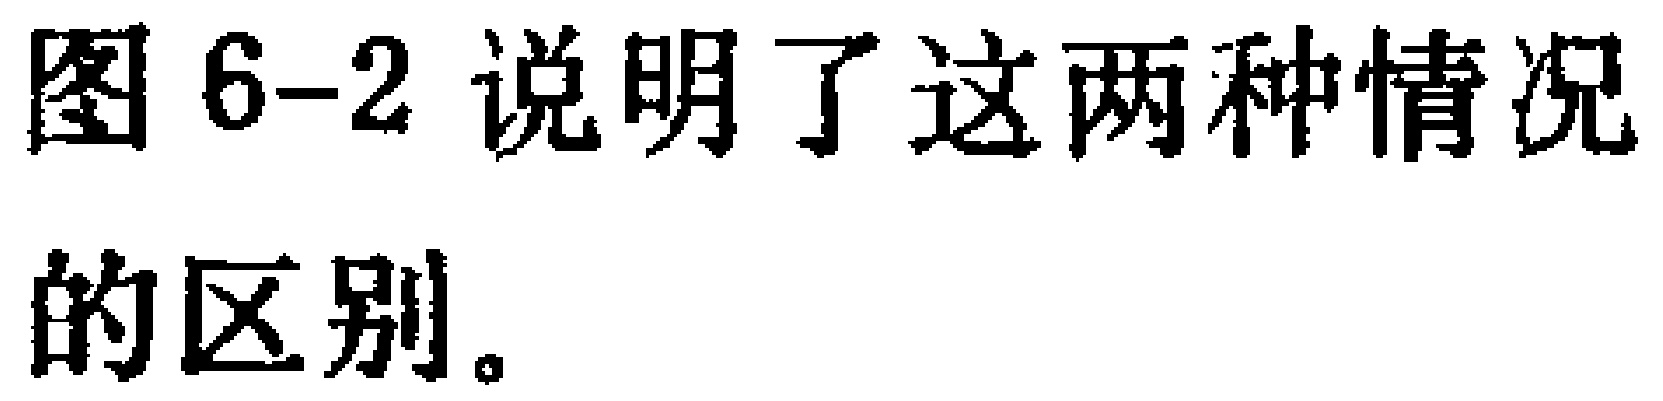
图 6-2 说明了这两种情况的区别。